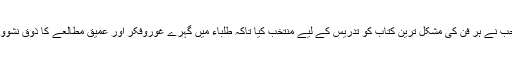
ملا ّ صاحب نے ہر فن کی مشکل ترین کتاب کو تدریس کے لیے منتخب کیا تاکہ طلباء میں گہرے غوروفکر اور عمیق مطالعے کا ذوق نشوونما پائے۔